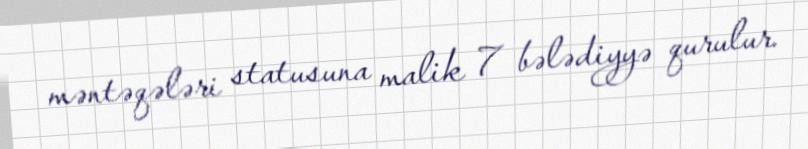
məntəqələri statusuna malik 7 bələdiyyə qurulur.